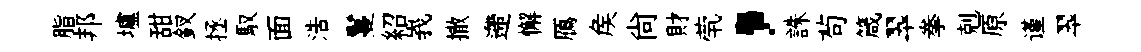
脂邦壚甜釵拯馭面浩鬘紹峩撒遰懈鴈矦尚財茕，誅茍箴翆拳剋原谨翆